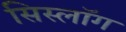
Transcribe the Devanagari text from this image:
सिस्लॉग